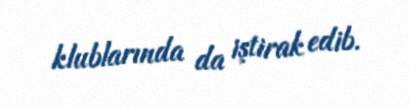
klublarında da iştirak edib.